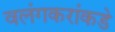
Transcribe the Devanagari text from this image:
वलंगकरांकडे